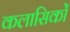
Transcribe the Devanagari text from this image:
कलासिकों